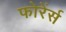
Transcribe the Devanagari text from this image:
फोरेंर्स